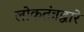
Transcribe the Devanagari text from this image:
लोकतंत्रद्वारे